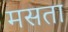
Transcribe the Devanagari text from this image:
मसता